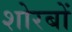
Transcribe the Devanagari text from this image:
शोरबों